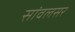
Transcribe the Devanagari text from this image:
सांवलसर